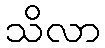
သိလာ